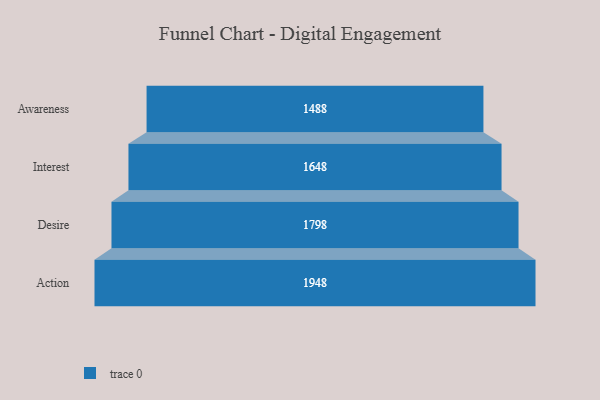
{"axis": {"x": "Stage", "y": "Value"}, "legend": [""], "data": [{"x": "Awareness", "y": 1488.0, "type": ""}, {"x": "Interest", "y": 1648.0, "type": ""}, {"x": "Desire", "y": 1798.0, "type": ""}, {"x": "Action", "y": 1948.0, "type": ""}]}